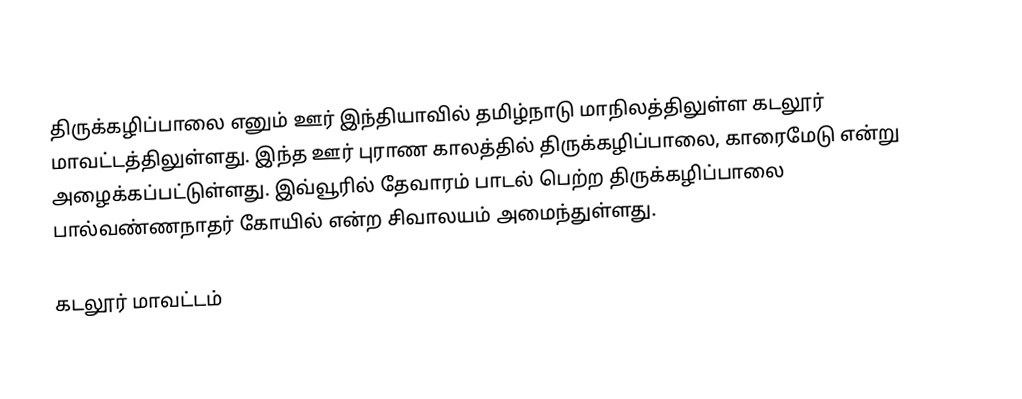
திருக்கழிப்பாலை எனும் ஊர் இந்தியாவில் தமிழ்நாடு மாநிலத்திலுள்ள கடலூர் மாவட்டத்திலுள்ளது. இந்த ஊர் புராண காலத்தில் திருக்கழிப்பாலை, காரைமேடு என்று அழைக்கப்பட்டுள்ளது. இவ்வூரில் தேவாரம் பாடல் பெற்ற திருக்கழிப்பாலை பால்வண்ணநாதர் கோயில் என்ற சிவாலயம் அமைந்துள்ளது.

கடலூர் மாவட்டம்